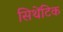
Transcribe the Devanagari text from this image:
सिथेंटिक